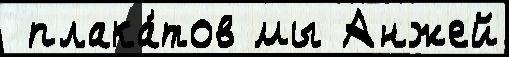
 плака́тов мы Анжей